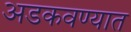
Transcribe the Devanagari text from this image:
अडकवण्यात